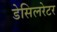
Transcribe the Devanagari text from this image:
डेसिलरेटर